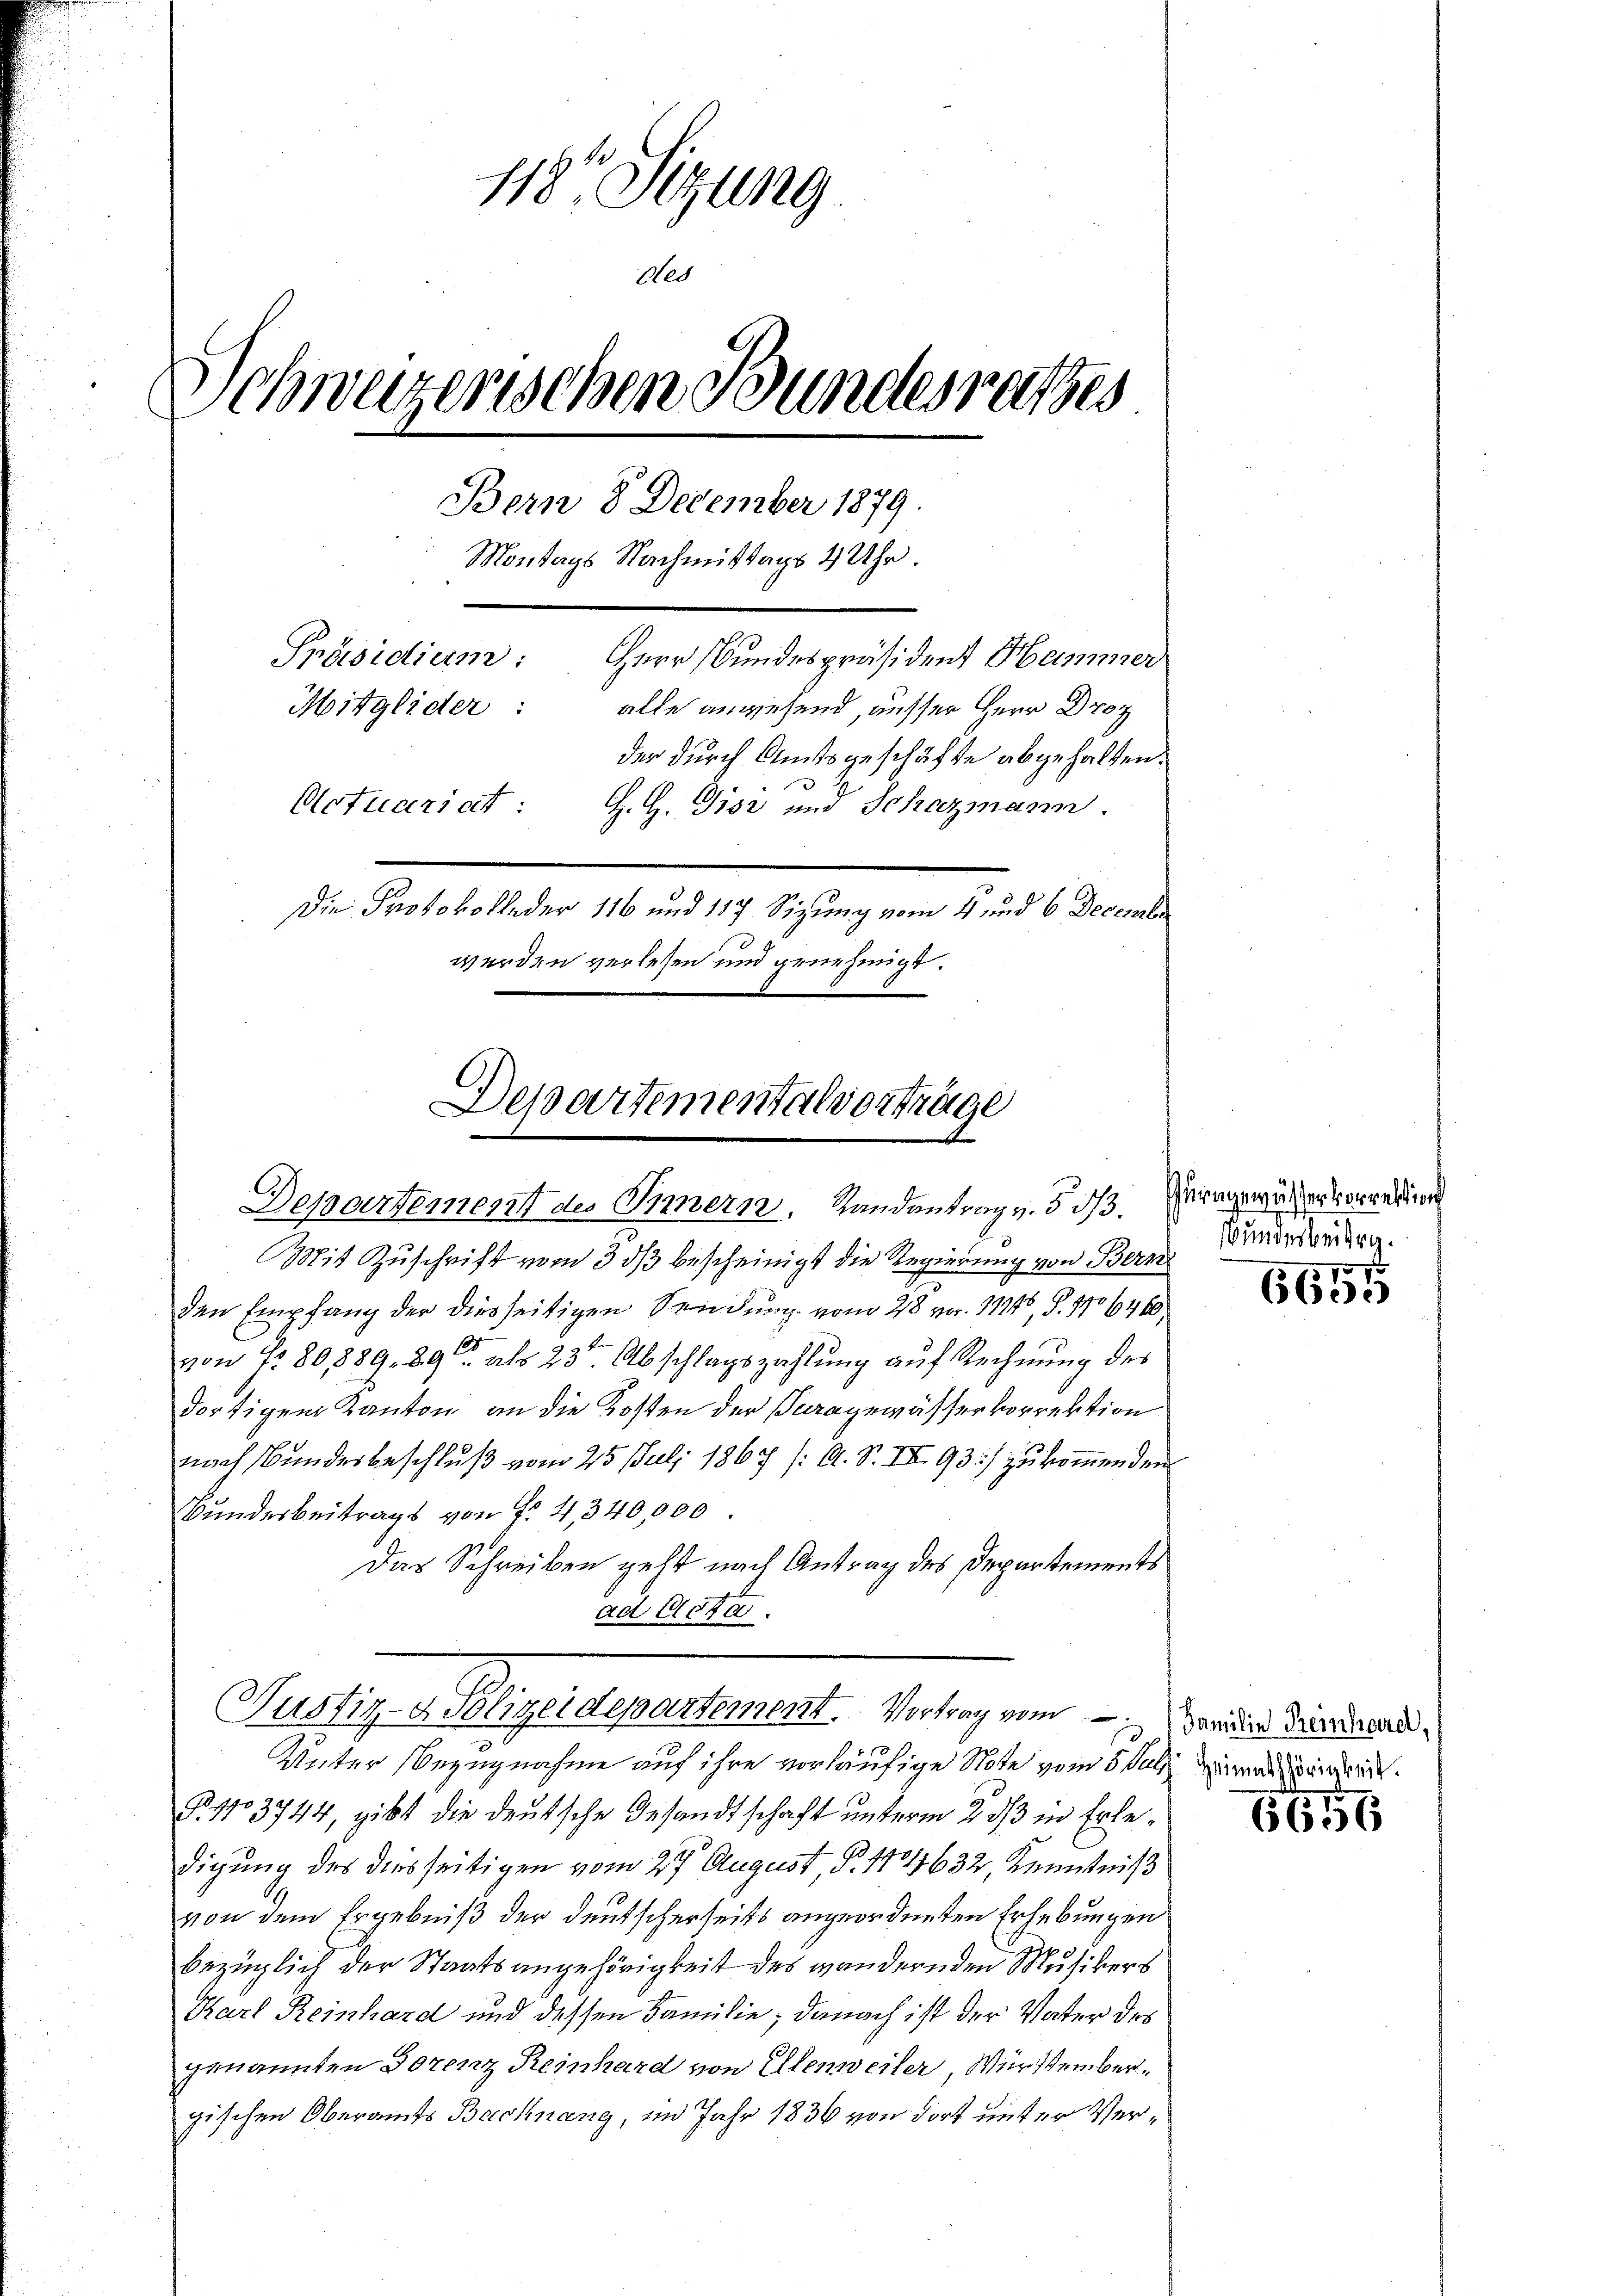
118t Sitzung
ed
Schweizerischen Bundesrathes
Bern 8 December 1879.
Montags Nachmittags 4 Uhr.
Präsidium:
Herr Bundespräsident Hammer
Mitglieder:
alle angesend, ausser Herr Droz
der durch Amtsgeschäfte abgehalten.
Actuars ei
H. H. Disz und Schazmann.
Die Protokolleder 116 und 117 Sizung vom 4 und 6 December
werden verlesen und genehmigt.

Departementalvorträge
Departement des Innern. Randantrag v. § 33.

Mit Zuschrift vom 3. ds bescheinigt die Regierung von Bern
den Empfang der diesseitigen Sendung vom 28. vor. 11146, S. 1706460
von Fr. 80,889. 89 als 23ten Abschlagszahlung auf Rechnung des
dortigen Kanton an die Kosten der Seragewässerkorrektion
nach Bundesbeschluß vom 25. Juli 1867 (: A. S. IV 93.) zu kommen den
Bundesbeitrags von f. 4, 340,000.
Das Schreiben geht nach Antrag des Departements
ad Acta.

Justiz- & Klizeidepartement. Vortrag von Seitens derenderend

Unter Bezugnahme auf ihre vorläufige Note vom 5. Juli
Fr. 1103744, gibt die deutsche Gesandtschaft unterm 2. ds in Erledigung des diesseitigen vom 27. August, P. 1701632, Kenntniß
von dem Ergebniß der deutscherseits angeordneten Erhebungen
bezüglich der Staatsangehörigkeit des wandernden Musikers
Karl Reinhard und dessen Familie; danach ist der Vater des
genannten Dorenz Reinhard von Ellenweiler, Württembergischen Oberamts Bachnang, im Jahr 1836 von dort unter Ver¬

urngewässerkorrektion
Bundesbeitrg.

6655

Heimathörigkeit.

66156